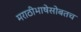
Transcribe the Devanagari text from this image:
मराठीभाषेसोबतच